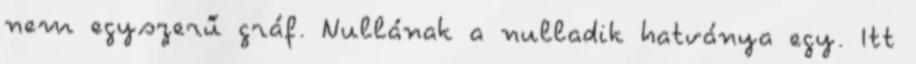
nem egyszerű gráf. Nullának a nulladik hatványa egy. Itt